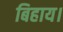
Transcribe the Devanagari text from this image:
बिहाय।